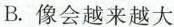
B. 像会越来越大